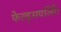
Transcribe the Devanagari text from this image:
फेल्ड्सपर्लिंग